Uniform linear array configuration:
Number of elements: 24
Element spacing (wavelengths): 0.25
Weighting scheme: blackman
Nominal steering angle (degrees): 45
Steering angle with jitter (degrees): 43.388
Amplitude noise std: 0.05
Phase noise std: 0.05

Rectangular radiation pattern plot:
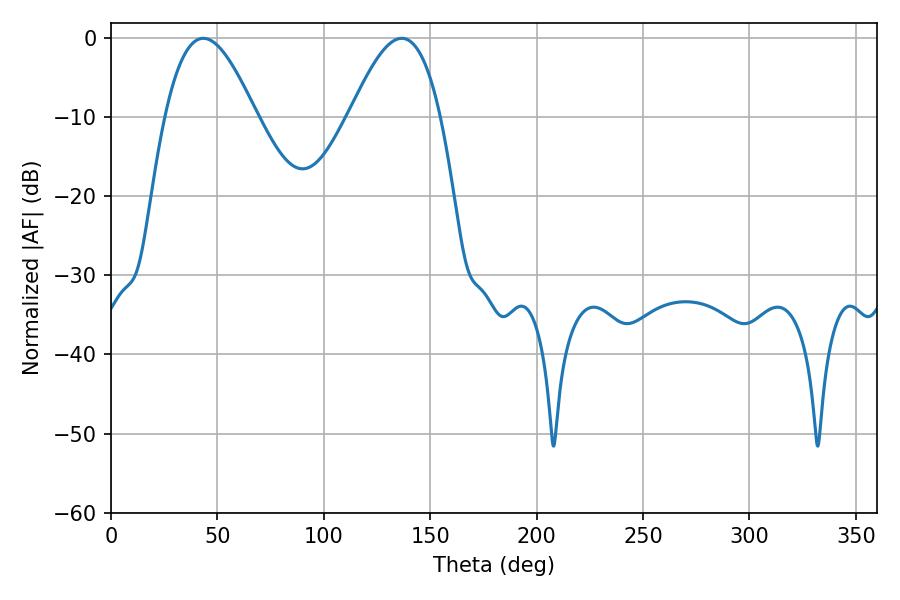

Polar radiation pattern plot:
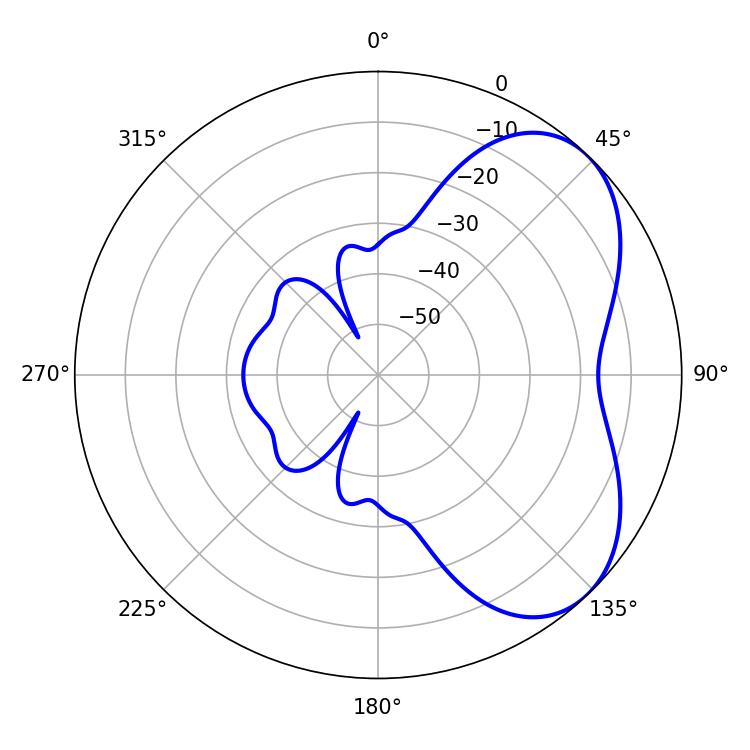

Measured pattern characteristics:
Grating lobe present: FALSE
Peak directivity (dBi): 5.001
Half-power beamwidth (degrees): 23.04
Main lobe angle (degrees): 43.38